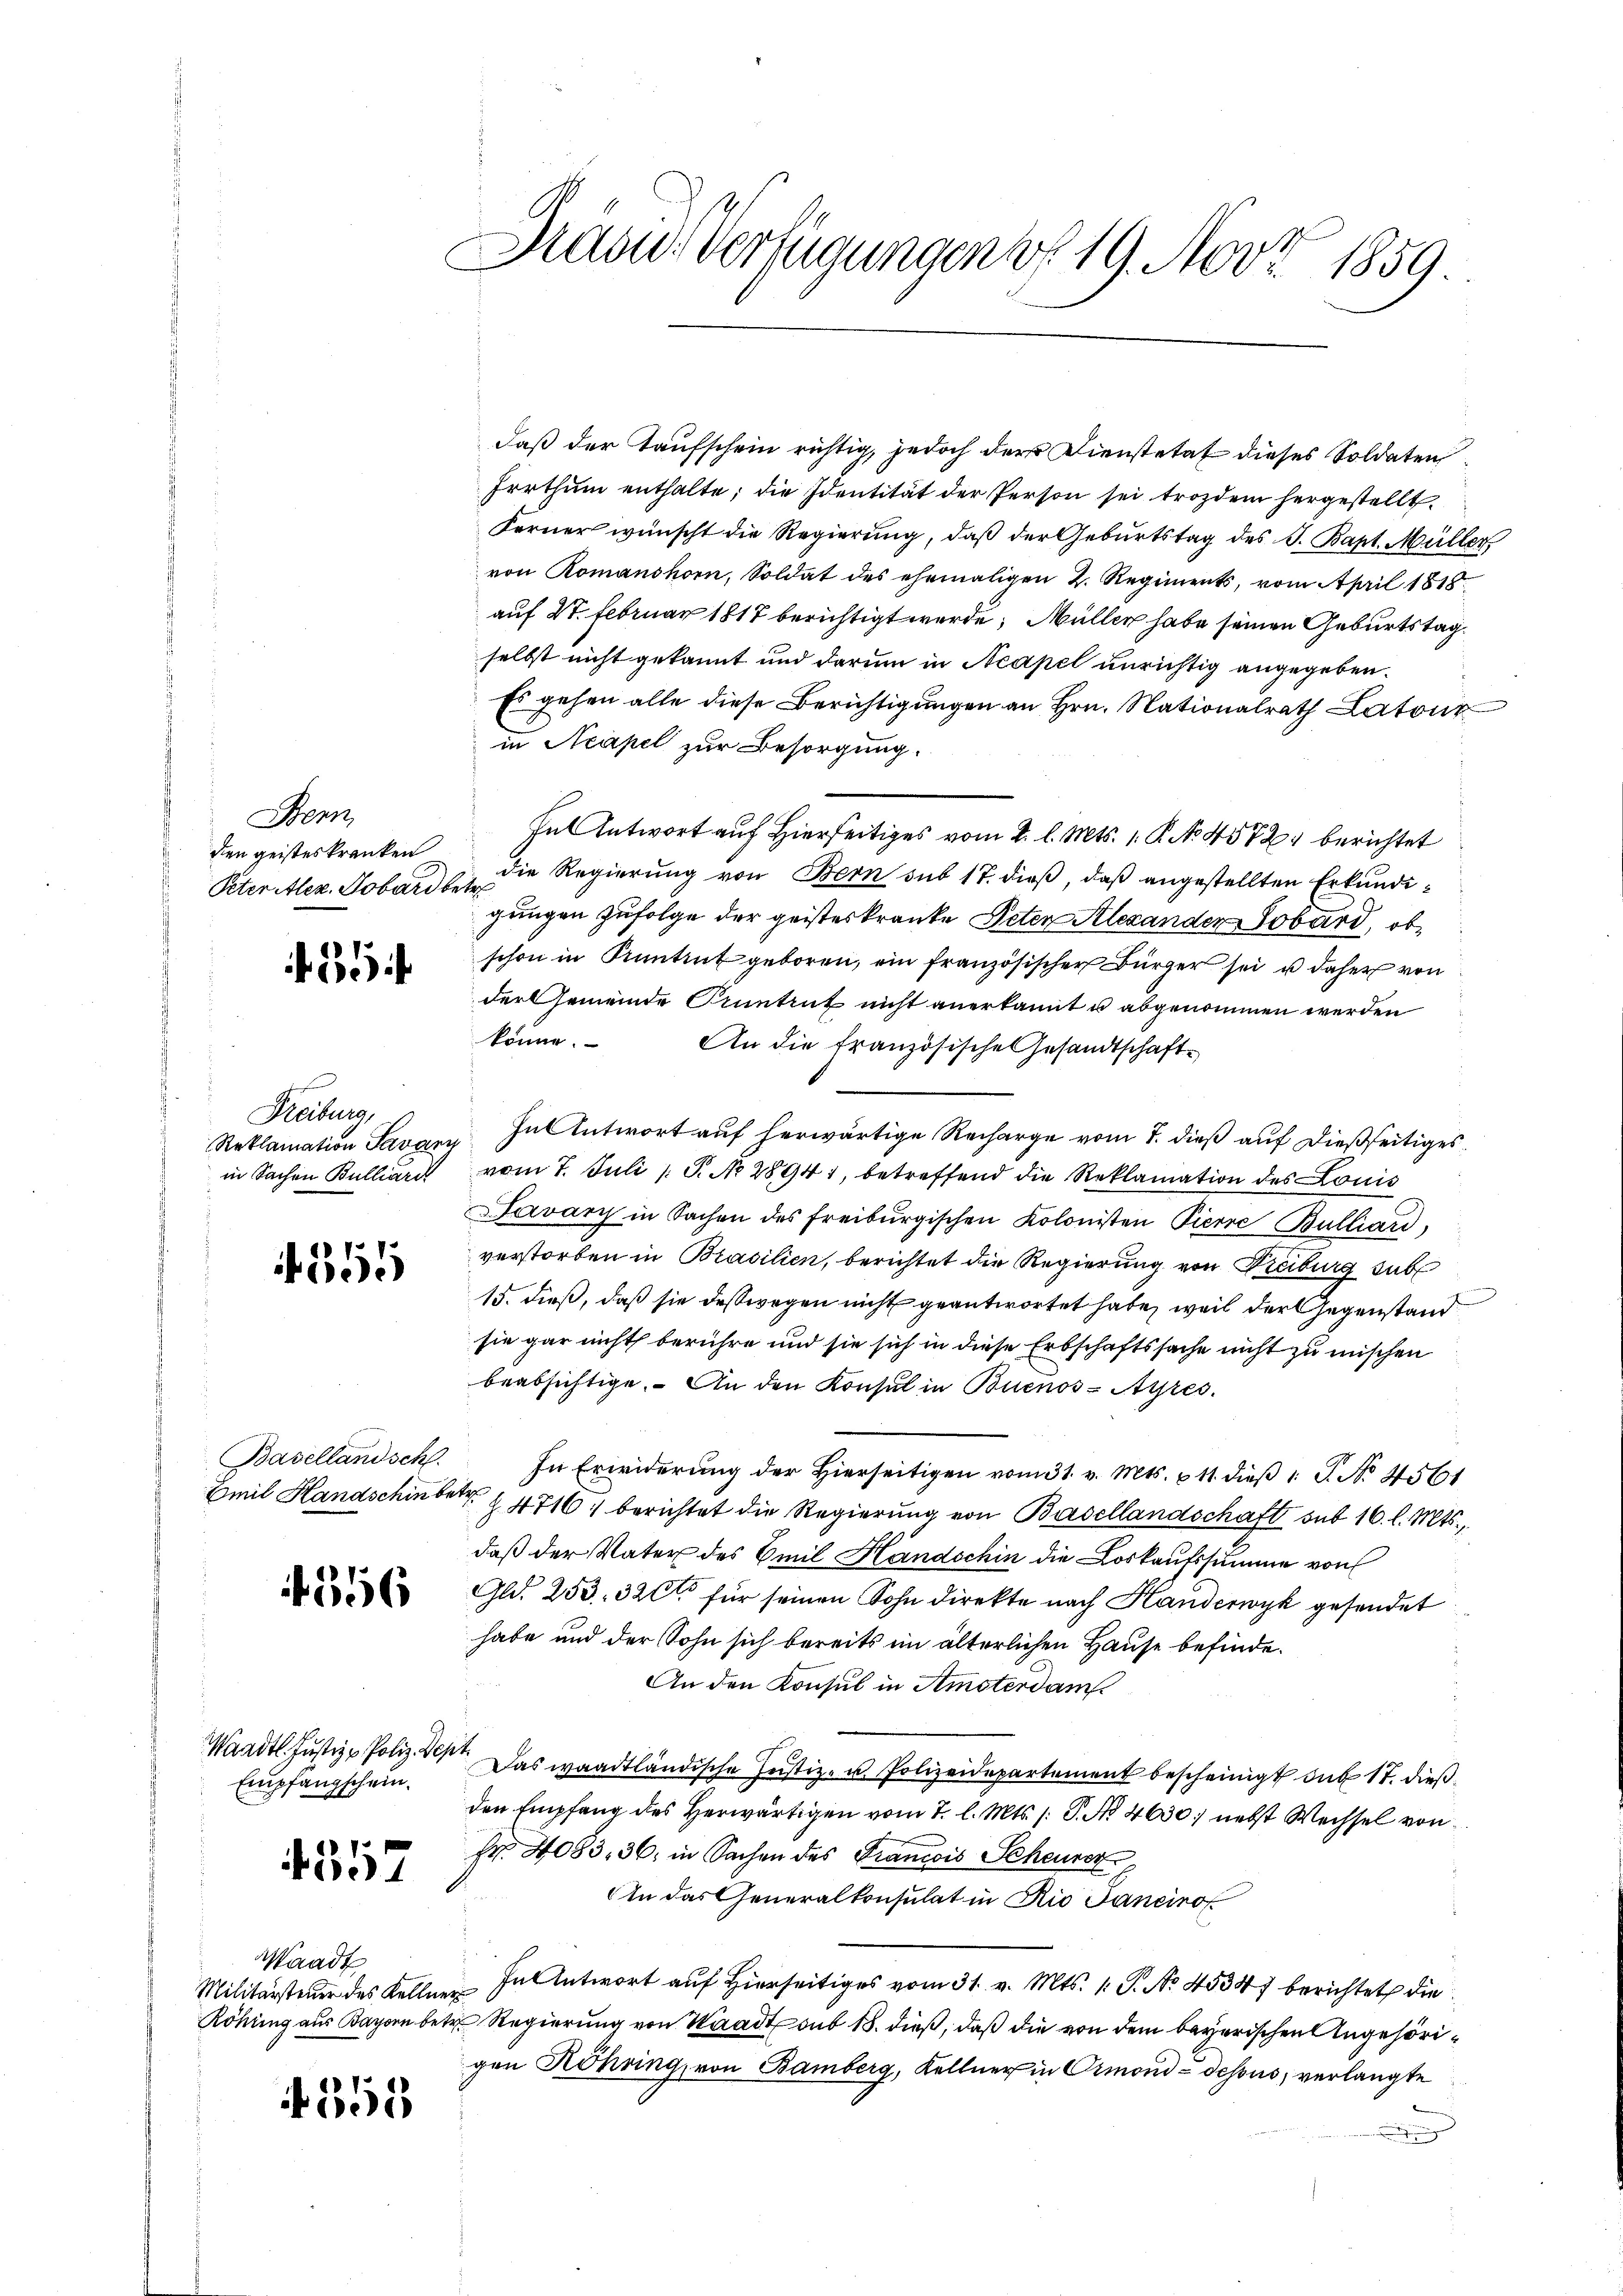
Benn
Peter Alex. Sobard betr.

Freiburg,
Reklamation Savary

555

Basellandsch

1356

Empfangschein.

4357

Waadt

358

Das Verfügungen v. 19. Nov. 1859

daß der Taufschein richtig, jedoch der Dienstetaf dieses Soldaten
Irrthum enthalte; die Identität der Person sei trozdem hergestellt.
Ferner wünscht die Regierŭng, daβ der Geburtstag des J. Bapt. Müller
von Romanshorn, Soldat des ehemaligen 2. Regiments, vom April 1818.
auf 27. Februar 1817 berichtigt werde, Müller habe seinen Geburtstag.
selbst nicht gekannt und darum in Acapel unrichtig angegeben.
Es gehen alle diese Berichtigungen an Hrn. Nationalrath Latour
in Neapel zur Besorgung.
Ful Antwort auf Hierseits vom 2. l. Mts. 1. P. No 4572) berichtet
den geisteskranken die Regierung von Bern sub 17. dieß, daß angestellten Erkundigungen zufolge der geisteskranke Peten Alexanden Tobard, ob
schon in Kuntrut geboren, ein französischer Bürger sei u daher von
derGemeinde Cuntruf nicht anerkannt u abgenommen werden
könne.
An die Französische Gesandtschaft¬
In Antwort auf herwärtige Recharge vom 7. dieß auf dießseitiges
in Sachen Bullard vom 7. Juli 1 S. No 28941, betreffend die Reklamation des Louis
Javány in Sachen des Freiburgischen Kolonisten Pierre Bulliard,
verstorben in Brasilien, berichtet die Regierung von Freiburg sub
15. dieß, daß sie deßwegen nicht geantwortet habe, weil der Gegenstand
sie gar nicht berühre und sie sich in diese Erbschaftssache nicht zu mischen
beabsichtige. An den Konsul in Buenos-Ayres.
In Erwiderŭng der hierseitigen vom 31. v. Mts. u 11. dieβ 1 S. No. 4561
Emil Handschin betr. Z. 4716) berichtet die Regierung von Basellandschaft sub 16. l. Mts.,
daß der Vater des Emil Handschin die Vorkaufssumme von
Gld. 253. 320 für seinen Sohn direkte nach Handerwyk gesendet
habe und der Sohn sich bereits im älterlichen Hause befinde.
An den Konsul in Amsterdam
Waadt. Justiz - Poliz. Sept. Das waadtländische Justiz- u. Polizeidepartement bescheinigt das 17. dießden Empfang des Herwärtigen vom 7. l. Mts. (: P. Nr. 4630 nebst Wechsel von
Fr. 4083, 36, in Sachen des Francois Scheurer
An das Generalkonsulat in Rio Janeino
Militärsteuer des Kellner Int Antwort auf Hierseitiges vom 31. v. Mts. 1. P. No. 45347 berichtet die
Röhung aus Baron betr. Regierung von Waadt sub 18. dieß, daß die von dem bayerischen Angehörigen Köhring, von Bamberg, Kellner in Ormond-dessus, verlangte